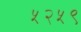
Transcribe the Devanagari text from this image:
५२५९